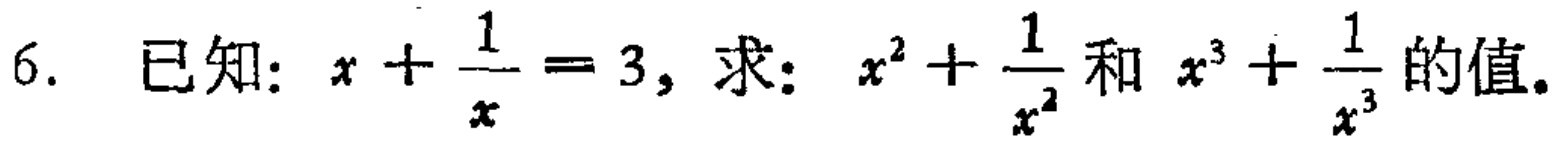
已知：$x+\frac{1}{x}=3$，求：$x^{2}+\frac{1}{x^{2}}$和$x^{3}+\frac{1}{x^{3}}$的值。